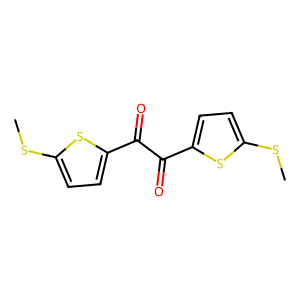
SMILES: CSc1ccc(C(=O)C(=O)c2ccc(SC)s2)s1
Inhibits HIV replication: No